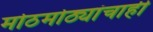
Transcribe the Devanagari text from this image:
मोठमोठ्यांचाही